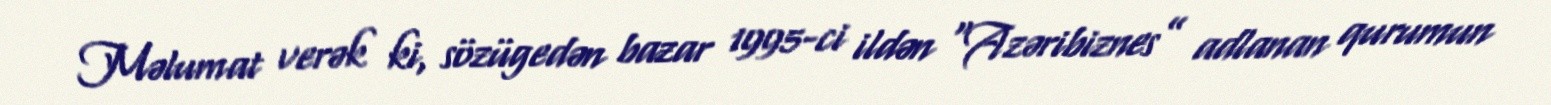
Məlumat verək ki, sözügedən bazar 1995-ci ildən “Azəribiznes” adlanan qurumun